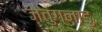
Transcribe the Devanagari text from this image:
जेतुंगनाडु